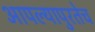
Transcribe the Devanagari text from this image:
आपल्यापुरतेच